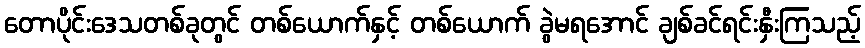
တောပိုင်းဒေသတစ်ခုတွင် တစ်ယောက်နှင့် တစ်ယောက် ခွဲမရအောင် ချစ်ခင်ရင်းနှီးကြသည့်